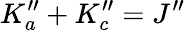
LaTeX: K_{a}^{\prime\prime}+K_{c}^{\prime\prime}=J^{\prime\prime}